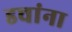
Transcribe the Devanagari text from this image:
डचांना